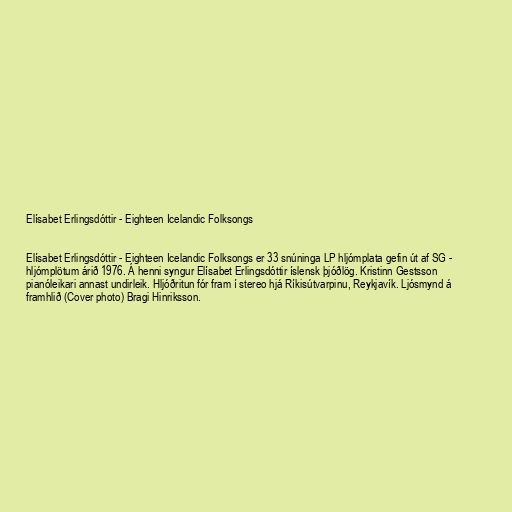
Elísabet Erlingsdóttir - Eighteen Icelandic Folksongs

Elísabet Erlingsdóttir - Eighteen Icelandic Folksongs er 33 snúninga LP hljómplata gefin út af SG -
hljómplötum árið 1976. Á henni syngur Elísabet Erlingsdóttir íslensk þjóðlög. Kristinn Gestsson
pianóleikari annast undirleik. Hljóðritun fór fram í stereo hjá Ríkisútvarpinu, Reykjavík. Ljósmynd á
framhlið (Cover photo) Bragi Hinriksson.